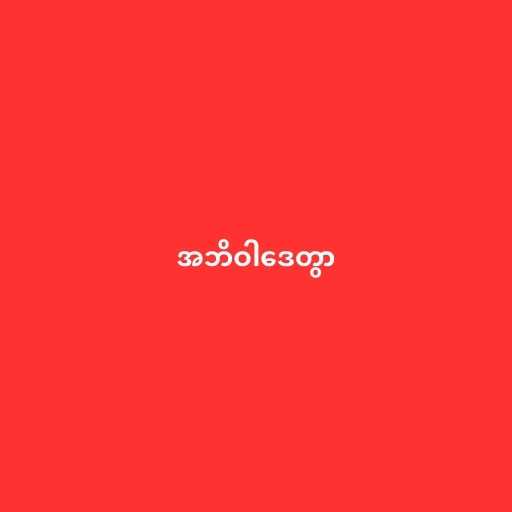
အဘိဝါဒေတွာ